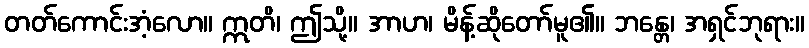
တတ်ကောင်းအံ့လော။ ဣတိ၊ ဤသို့။ အာဟ၊ မိန့်ဆိုတော်မူ၏။ ဘန္တေ၊ အရှင်ဘုရား။